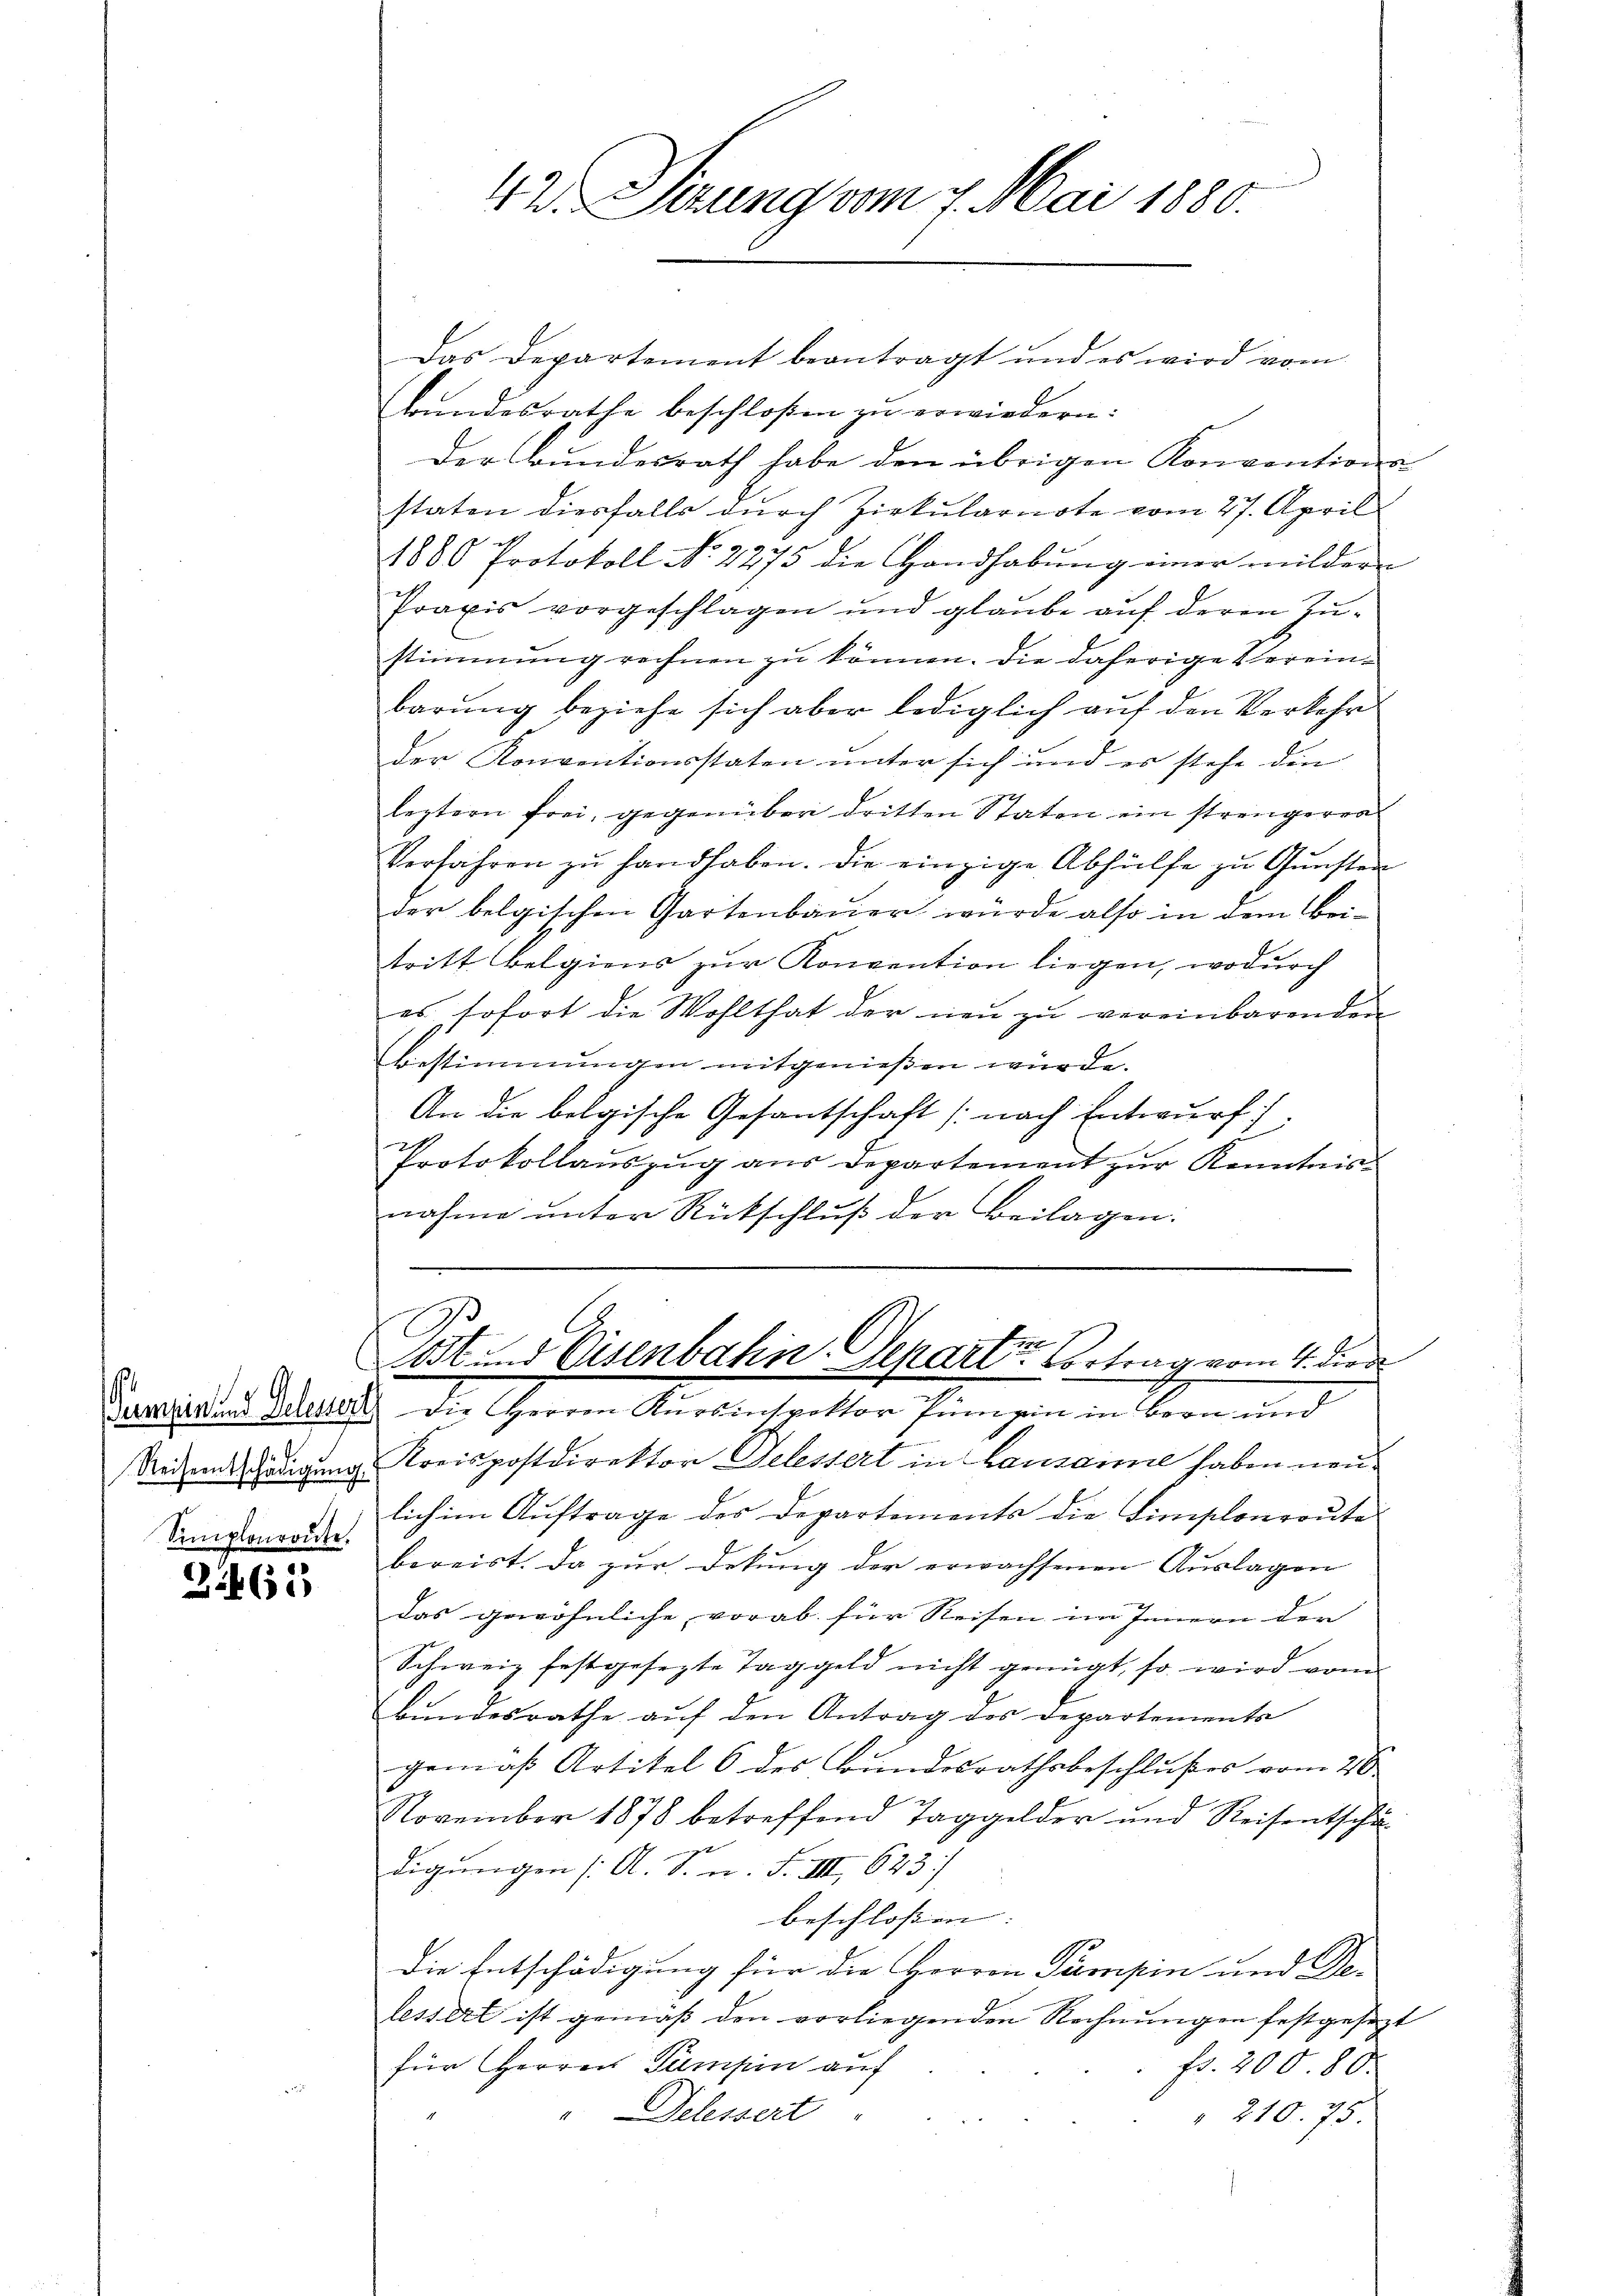
¬
Semplonroute.

2265

Das Departement beantragt und es wird vom
Bundesrathe beschloßen zu erwiedern:
Der Bundesrath habe den übrigen Konvention
staten diesfalls durch Zirkularnote vom 27. April
o
1880 Protokoll No 2275 die Handhabŭng einer milder
Praxis vorgeschlagen und glaube auf deren Zustimmung rechnen zu können. Die daherige Vereinbarung beziehe sich aber lediglich auf den Verkehr
der Konventionsstaten unter sich und es stehe den
leztern frei, gegenüber dritten Staten ein strengeren
Verfahren zŭ handhaben. Die einzige Abhülfe zŭ Gŭnsten
der belgischen Gartenbauer würde also in dem Beitritt belgiens zur Konvention liegen, wodurch
es sofort die Wohlthat der neu zu vereinbarenden
Bestimmungen mitgeniessen würde.
An die belgische Gesantschaft (nach Entwurf
Protokollaŭszŭg aŭs departement zŭr Kenntniss
nahme unter Rückschluß der Beilagen:

42. Serung am 7. Mai 1880.

Post. Eisenbahn Separte Vortrag vom 4. Diede

Serren und Delesser die Herren Kursinspektor Pumpen in Bern und
Rodensschädigung Kreispostdirektor Gelessert in Lausanne haben neu
lich im Auftrage des Departements die Limplonroutes
bereist. Da zur Dekŭng der erwachsenen Auslagen
das gewöhnliche vorab für Reisen im Innern der
Schweiz festgesezte Taggeld nicht genügt, so wird vom
Bundesrathe auf den Antrag des Departements
gemäß Artikel 6 des Bundesrathsbeschlußes vom 26.
November 1878 betreffend Taggelder und Reisentschädigungen [A. S. n. F. VIII 623
beschlossen:
Die Entschädigung für die Herren Pumpin und De-
lessert ist gemäß den vorliegenden Rechnungen festgesezt
für Herren Tumpin auf
fr. 200. 80.
" Delessert
" 210. 75.